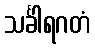
သင်္ခါရဂတံ